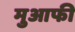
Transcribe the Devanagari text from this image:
मुआफी